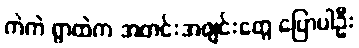
ကဲကဲ ရွာထဲက အတင်းအဖျင်းတွေ ပြောပါဦး